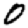
Digit: 0